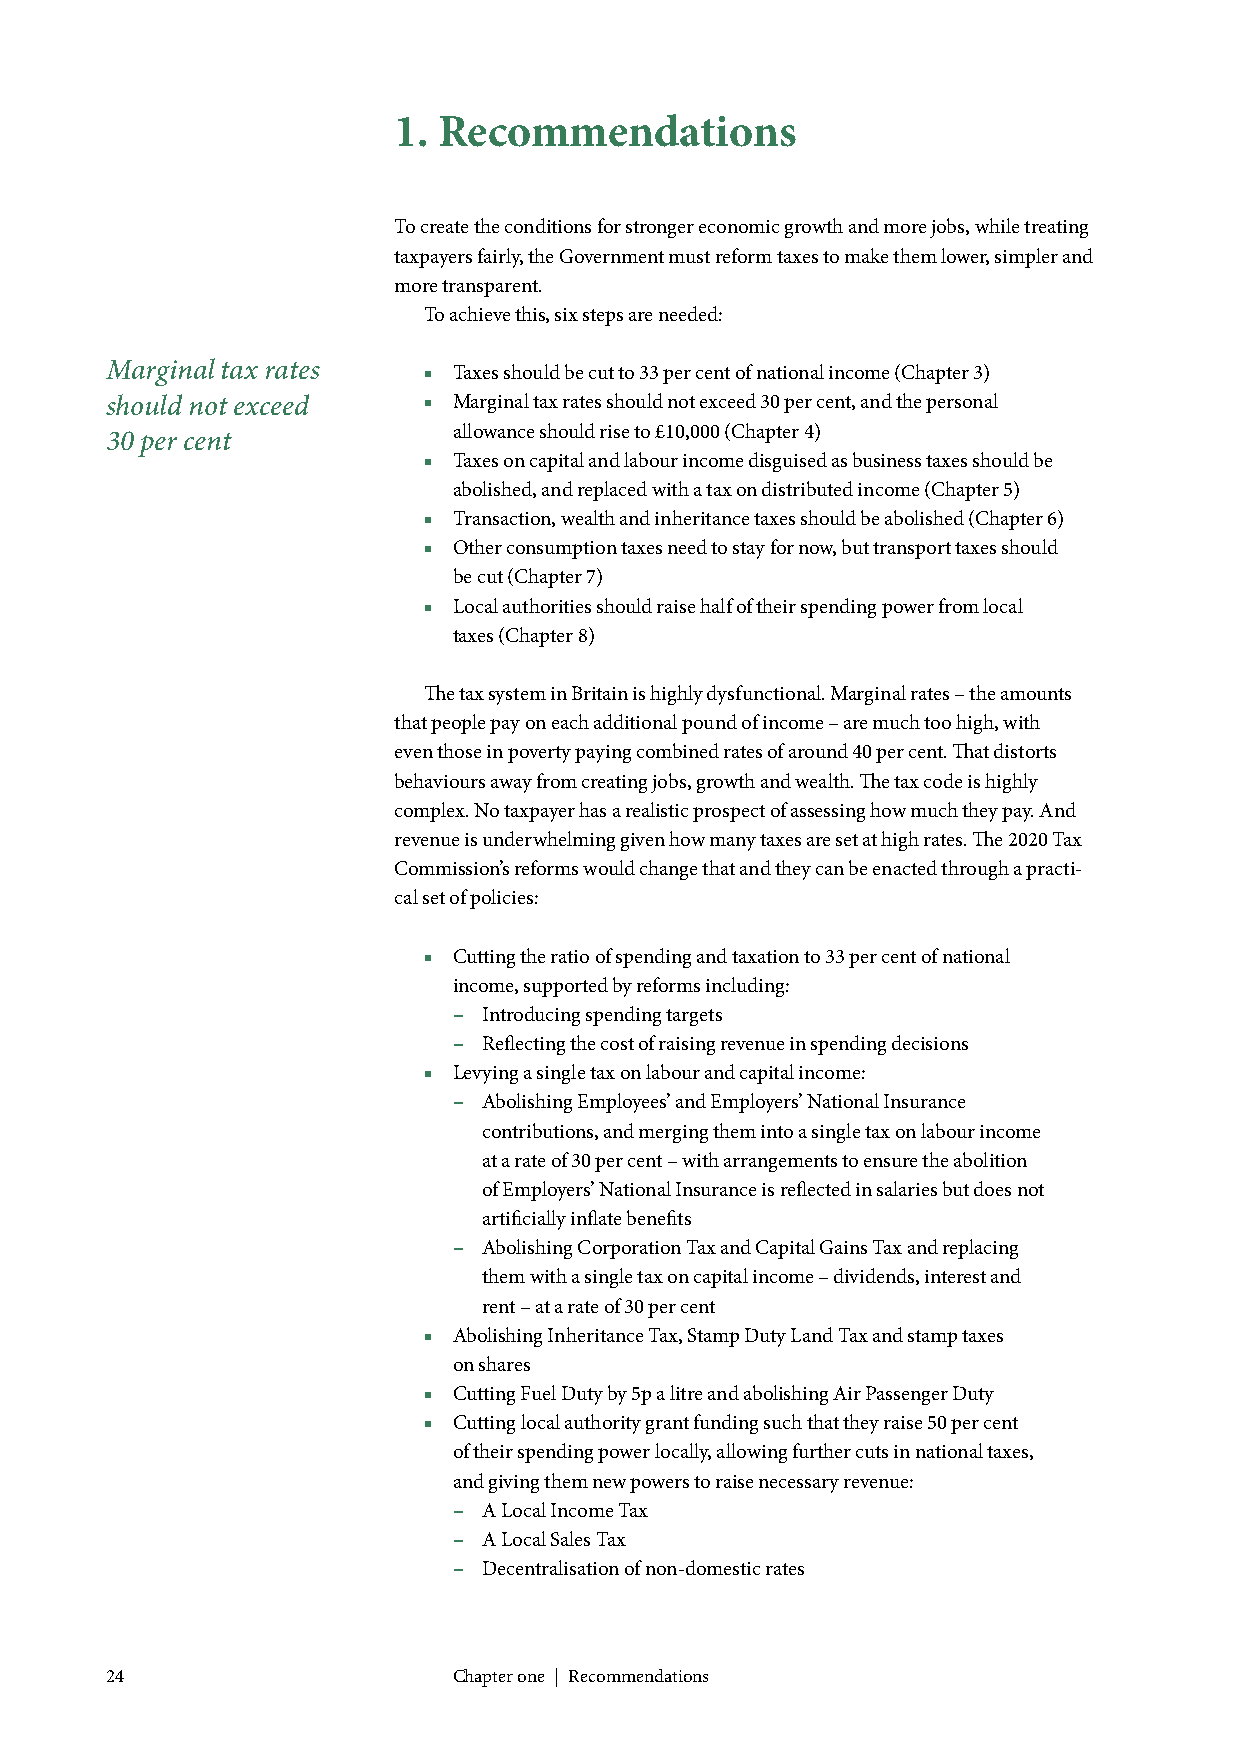
1. Recommendations
 To create the conditions for stronger economic growth and more jobs, while treating
 taxpayers fairly, the Government must reform taxes to make them lower, simpler and
 more transparent.
 To achieve this, six steps are needed:
 Marginal tax rates   ■ Taxes should be cut to 33 per cent of national income (Chapter 3)
 should not exceed    ■ Marginal tax rates should not exceed 30 per cent, and the personal
 allowance should rise to £10,000 (Chapter 4)
 30 per cent
 ■ Taxes on capital and labour income disguised as business taxes should be
 abolished, and replaced with a tax on distributed income (Chapter 5)
 ■ Transaction, wealth and inheritance taxes should be abolished (Chapter 6)
 ■ Other consumption taxes need to stay for now, but transport taxes should
 be cut (Chapter 7)
 ■ Local authorities should raise half of their spending power from local
 taxes (Chapter 8)
 The tax system in Britain is highly dysfunctional. Marginal rates – the amounts
 that people pay on each additional pound of income – are much too high, with
 even those in poverty paying combined rates of around 40 per cent. That distorts
 behaviours away from creating jobs, growth and wealth. The tax code is highly
 complex. No taxpayer has a realistic prospect of assessing how much they pay. And
 revenue is underwhelming given how many taxes are set at high rates. The 2020 Tax
 Commission’s reforms would change that and they can be enacted through a practi-
 cal set of policies:
 ■ Cutting the ratio of spending and taxation to 33 per cent of national
 income, supported by reforms including:
 – Introducing spending targets
 – Reflecting the cost of raising revenue in spending decisions
 ■ Levying a single tax on labour and capital income:
 – Abolishing Employees’ and Employers’ National Insurance
 contributions, and merging them into a single tax on labour income
 at a rate of 30 per cent – with arrangements to ensure the abolition
 of Employers’ National Insurance is reflected in salaries but does not
 artificially inflate benefits
 – Abolishing Corporation Tax and Capital Gains Tax and replacing
 them with a single tax on capital income – dividends, interest and
 rent – at a rate of 30 per cent
 ■ Abolishing Inheritance Tax, Stamp Duty Land Tax and stamp taxes
 on shares
 ■ Cutting Fuel Duty by 5p a litre and abolishing Air Passenger Duty
 ■ Cutting local authority grant funding such that they raise 50 per cent
 of their spending power locally, allowing further cuts in national taxes,
 and giving them new powers to raise necessary revenue:
 – A Local Income Tax
 – A Local Sales Tax
 – Decentralisation of non-domestic rates
 24                     Chapter one | Recommendations